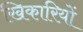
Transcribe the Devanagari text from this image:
खिकारियों